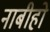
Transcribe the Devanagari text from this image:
नाबीहो